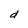
Character: d